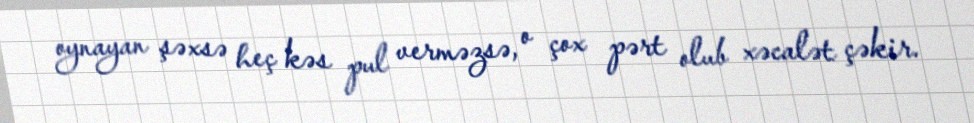
oynayan şəxsə heç kəs pul verməzsə, o çox pərt olub xəcalət çəkir.